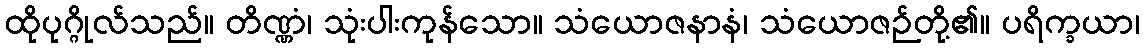
ထိုပုဂ္ဂိုလ်သည်။ တိဏ္ဏံ၊ သုံးပါးကုန်သော။ သံယောဇနာနံ၊ သံယောဇဉ်တို့၏။ ပရိက္ခယာ၊